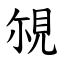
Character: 覙